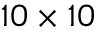
1 0 \times 1 0